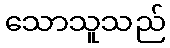
သောသူသည်